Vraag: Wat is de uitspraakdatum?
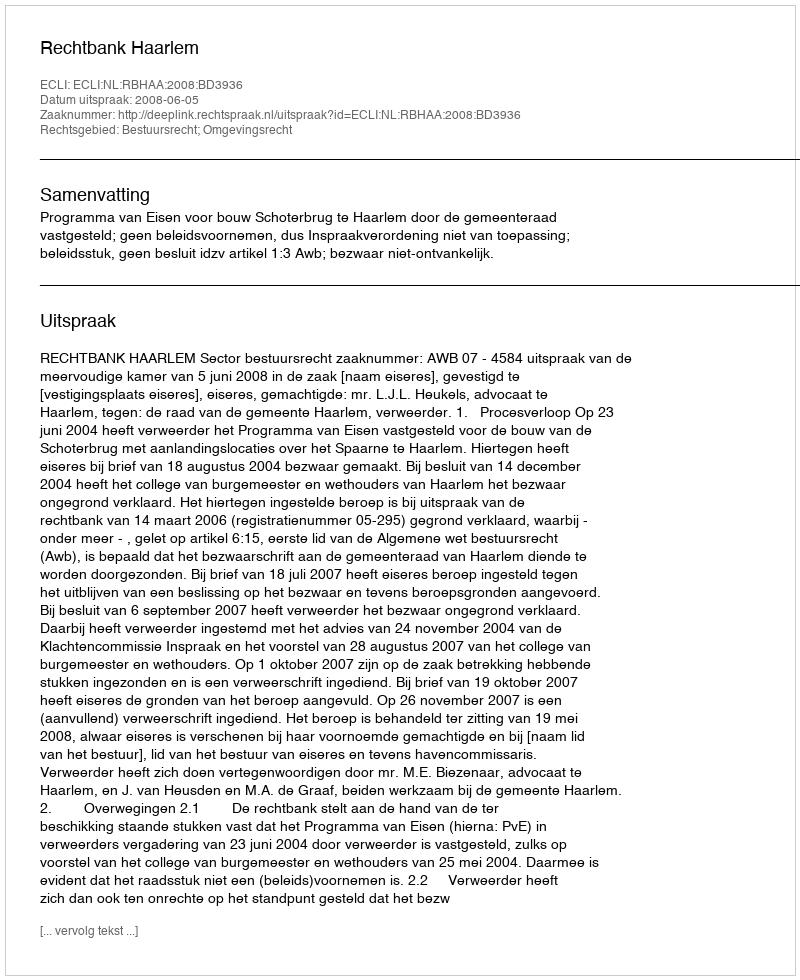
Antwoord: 2008-06-05